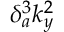
\delta _ { a } ^ { 3 } k _ { y } ^ { 2 }